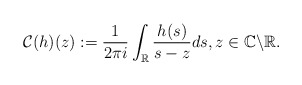
\begin{align*}\mathcal{C}(h)(z):=\frac{1}{2\pi i} \int_{\mathbb{R}} \frac{h(s)}{s-z} d s, z \in \mathbb{C} \backslash \mathbb{R}.\end{align*}